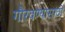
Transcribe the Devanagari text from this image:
गौरवण्यासाठी